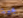
مجبرة